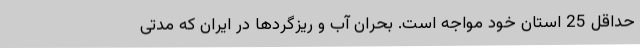
حداقل 25 استان خود مواجه است. بحران آب و ریزگردها در ایران که مدتی